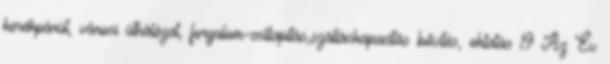
kerékpárút, városi úthálózat, forgalom-csillapítás,szálláskapacitás bővítés, oktatás 19 Az Év